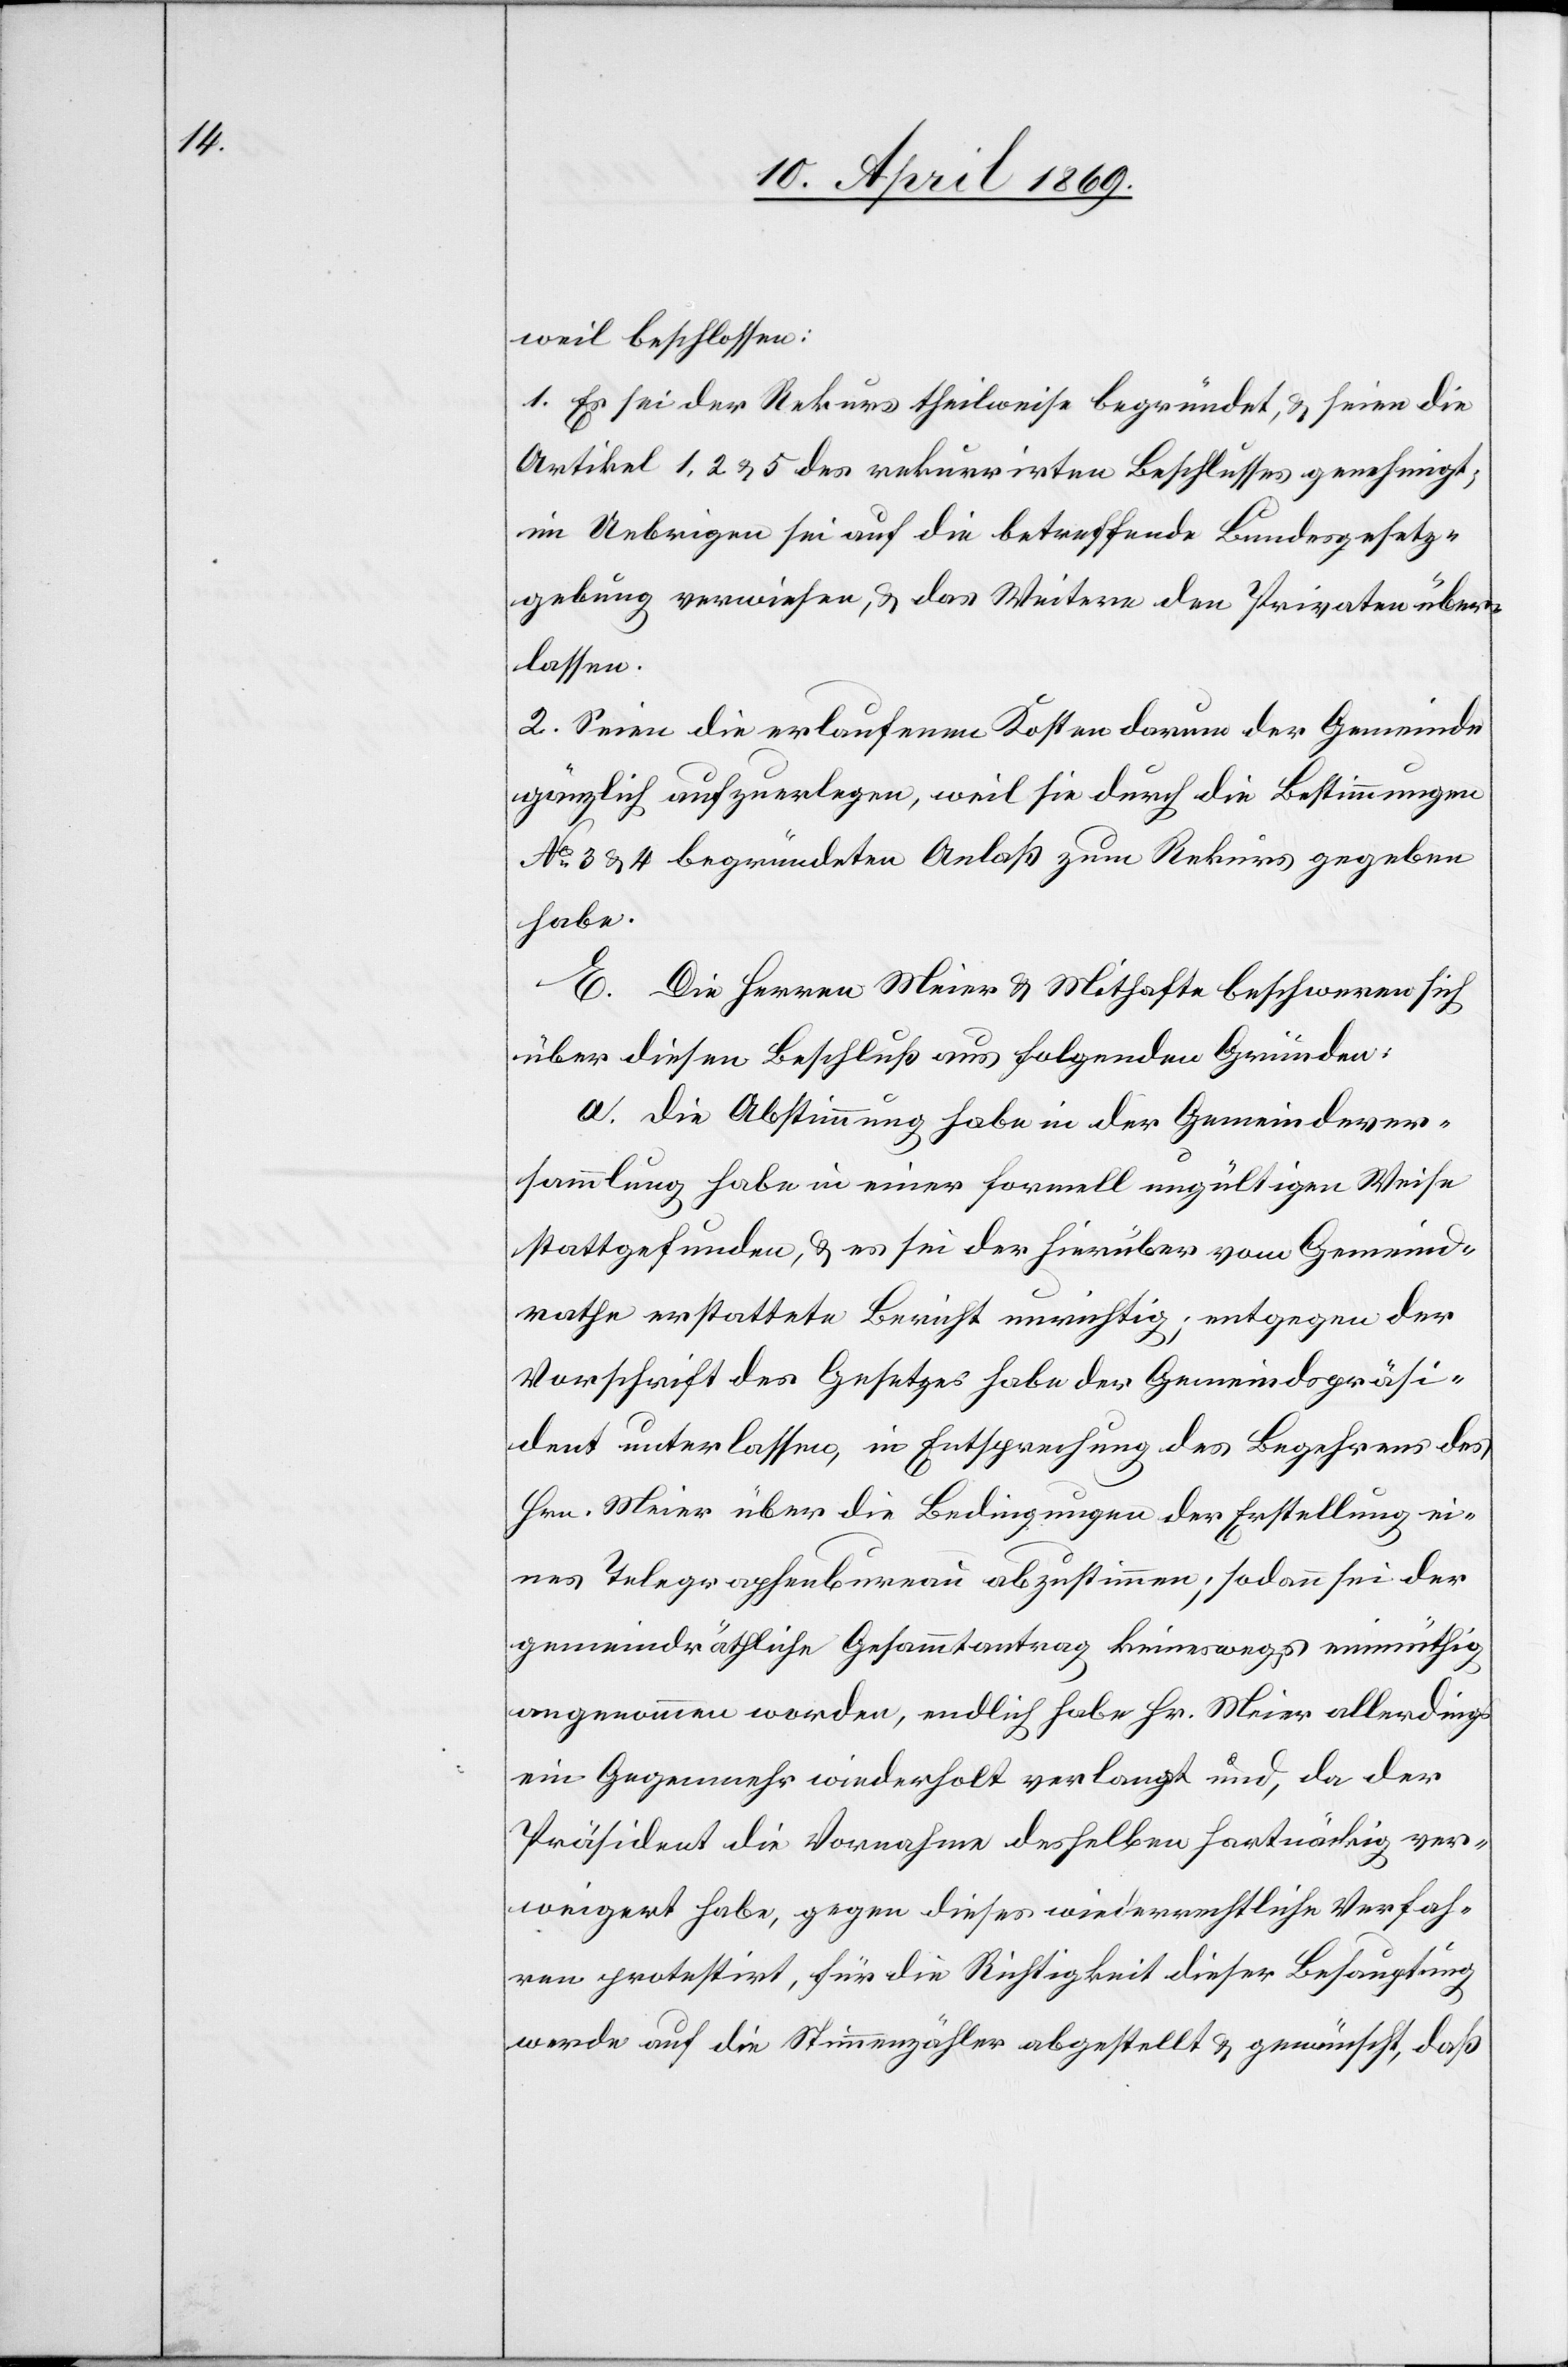
weil beschlossen:
1. Es sei der Rekurs theilweise begründet, & seien die
Artikel 1, 2 & 5 des rekurrirten Beschlusses genehmigt;
im Uebrigen sei auf die betreffende Bundesgesetz¬
gebung verwiesen, & das Weitere den Privaten über¬
lassen.
2. Seien die erlaufenen Kosten darum der Gemeinde
gänzlich aufzuerlegen, weil sie durch die Bestimmungen
No 3 & 4 begründeten Anlaß zum Rekurs gegeben
habe.
E. Die Herren Meier & Mithafte beschweren sich
über diesen Beschluß aus folgenden Gründen:
a. Die Abstimmung habe in der Gemeindever¬
sammlung habe [sic!] in einer formell ungültigen Weise
stattgefunden, & es sei der hierüber vom Gemeind¬
rathe erstattete Bericht unrichtig; entgegen der
Vorschrift des Gesetzes habe der Gemeindspräsi¬
dent unterlassen, in Entsprechung der Erstellung e¬
ines Telegraphenbureau abzustimmen; sodann sei der
gemeindräthliche Gesammtbetrag keineswegs einmüthig
angenommen worden, endlich habe Hr. Meier allerdings
ein Gegenmehr wiederholt verlangt und, da der
Präsident die Vornahme desselben hartnäckig ver¬
weigert habe, gegen dieses wiederrechtliche Verfah¬
ren protestirt, für die Richtigkeit dieser Behauptung
werde auf die Stimmzähler abgestellt & gewünscht, daß